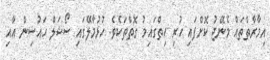
އިމާރާތްތައް މެނޭޖު ކޮށްފައި ހުރި ހިތްގައިމު ގޮތްތަކެވެ. ހުޅުމާލޭގައި ސޯޝަލް ހައުސިން އާއި